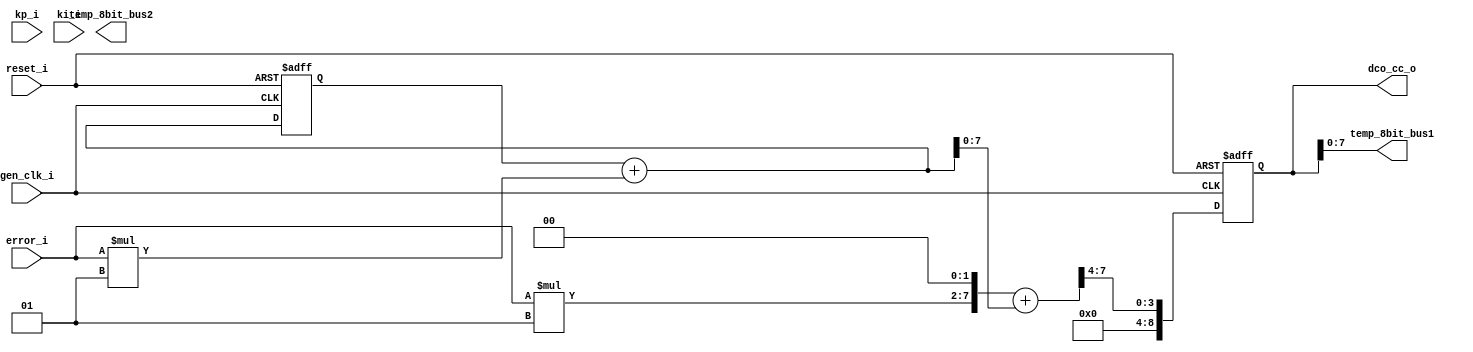
module LoopFilter2 #(
		parameter DYNAMIC_VAL = 0,
		parameter ERROR_WIDTH = 8,
		parameter DCO_CC_WIDTH = 9,
		parameter KP_WIDTH = 3,
		parameter KP_FRAC_WIDTH = 1,
		parameter KP = 3'b001,
		parameter KI_WIDTH = 4,
		parameter KI_FRAC_WIDTH = 3,
		parameter KI = 4'b0001
	)
	(
		output wire [7:0] temp_8bit_bus1,
		output wire [7:0] temp_8bit_bus2,
		input wire gen_clk_i,
		input wire reset_i,
		input wire [KP_WIDTH-1:0] kp_i,
		input wire [KI_WIDTH-1:0] ki_i,
		input wire signed [ERROR_WIDTH-1:0] error_i,
		output wire signed [DCO_CC_WIDTH-1:0] dco_cc_o
	);
	
	localparam KP_INT_WIDTH = KP_WIDTH-KP_FRAC_WIDTH;
	localparam KI_INT_WIDTH = KI_WIDTH-KI_FRAC_WIDTH;

	localparam KP_MULT_RES_INT_WIDTH = ERROR_WIDTH;//+KP_INT_WIDTH;
	localparam KI_MULT_RES_INT_WIDTH = ERROR_WIDTH;//+KI_INT_WIDTH;

	localparam SUM_INT_WIDTH = KP_MULT_RES_INT_WIDTH;//+1; //kp always bigger, but +1 for overflow
	localparam SUM_FRAC_WIDTH = KI_FRAC_WIDTH; //ki always more bits

	reg signed [KP_INT_WIDTH-1:-KP_FRAC_WIDTH] kp_x;
	reg signed [KI_INT_WIDTH-1:-KI_FRAC_WIDTH] ki_x;

	wire signed [ERROR_WIDTH-1:0] error_delay_r;
	
	wire signed [KP_MULT_RES_INT_WIDTH-1:-KP_FRAC_WIDTH] kp_error_c;
	wire signed [ERROR_WIDTH-1:0] kp_error_trun_c;

	wire signed [KI_MULT_RES_INT_WIDTH-1:-KI_FRAC_WIDTH] ki_error_c;
	wire signed [KI_MULT_RES_INT_WIDTH-1:-KI_FRAC_WIDTH] ki_error_inte_c;
	reg  signed [KI_MULT_RES_INT_WIDTH-1:-KI_FRAC_WIDTH] ki_error_inte_delay_r;
	wire signed [ERROR_WIDTH-1:0] ki_error_trun_c;
	
	wire signed [SUM_INT_WIDTH-1:-SUM_FRAC_WIDTH] error_sum_c;
	wire signed [DCO_CC_WIDTH-1:0] error_sum_trun_c;
	reg signed [DCO_CC_WIDTH-1:0] error_sum_trun_delay_r;
	
	always @(DYNAMIC_VAL or reset_i or kp_i or ki_i)
	begin
		if (DYNAMIC_VAL)
		begin
			kp_x = kp_i;
			ki_x = ki_i;
		end
		else
		begin
			kp_x = KP;
			ki_x = KI;
		end
	end

	assign error_delay_r = error_i;
	assign dco_cc_o = error_sum_trun_delay_r;

	always @ (posedge gen_clk_i or posedge reset_i)
	begin
		if(reset_i) error_sum_trun_delay_r <= {(DCO_CC_WIDTH){1'b0}};
		else error_sum_trun_delay_r <= error_sum_trun_c;
	end

	/* //removed delay at the start in favour of at the end
	always @ (posedge gen_clk_i or posedge reset_i)
	begin
		if(reset_i) error_delay_r <= {(ERROR_WIDTH){1'b0}};
		else error_delay_r <= error_i;
	end
	*/

	/*
		kp route
	*/
	//multiply by kp
	assign kp_error_c = error_delay_r*kp_x;
	//truncate
	//assign kp_error_trun_c = $signed(kp_error_c[ERROR_WIDTH-1:0]);


	/*
		ki route
	*/
	//multiply by ki
	assign ki_error_c = error_delay_r*ki_x;
	//accumulator
	assign ki_error_inte_c = ki_error_inte_delay_r+ki_error_c;

	always @ (posedge gen_clk_i or posedge reset_i)
	begin
		if(reset_i) ki_error_inte_delay_r <= {(KI_MULT_RES_INT_WIDTH-1){1'b0}};
		else ki_error_inte_delay_r <= ki_error_inte_c;
	end

	//assign error_sum_c = ki_error_inte_c; 
	assign error_sum_c = $signed({kp_error_c, {(KI_FRAC_WIDTH-KP_FRAC_WIDTH){1'b0}} }) + ki_error_inte_c;
	
	assign error_sum_trun_c = error_sum_c[4:1];//[SUM_INT_WIDTH-1:SUM_INT_WIDTH-1-DCO_CC_WIDTH]; //

	//assign error_sum_trun_c = ki_error_c[KI_MULT_RES_INT_WIDTH-1:KI_MULT_RES_INT_WIDTH-1-DCO_CC_WIDTH];

	//assign temp_8bit_bus2 = {2'd0, ki_error_inte_c[4:0]};
	assign temp_8bit_bus1 = {3'd0, dco_cc_o};
endmodule